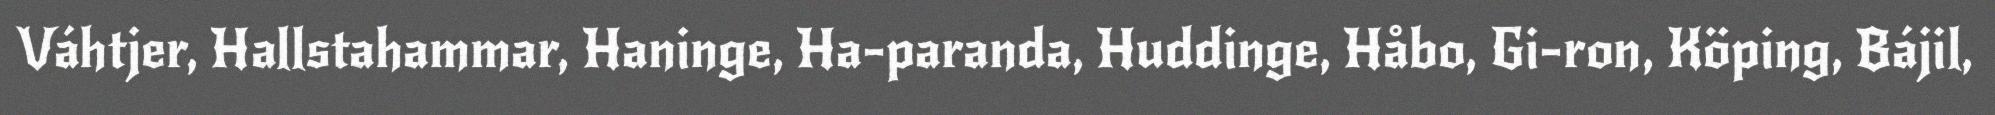
Váhtjer, Hallstahammar, Haninge, Ha-paranda, Huddinge, Håbo, Gi-ron, Köping, Bájil,